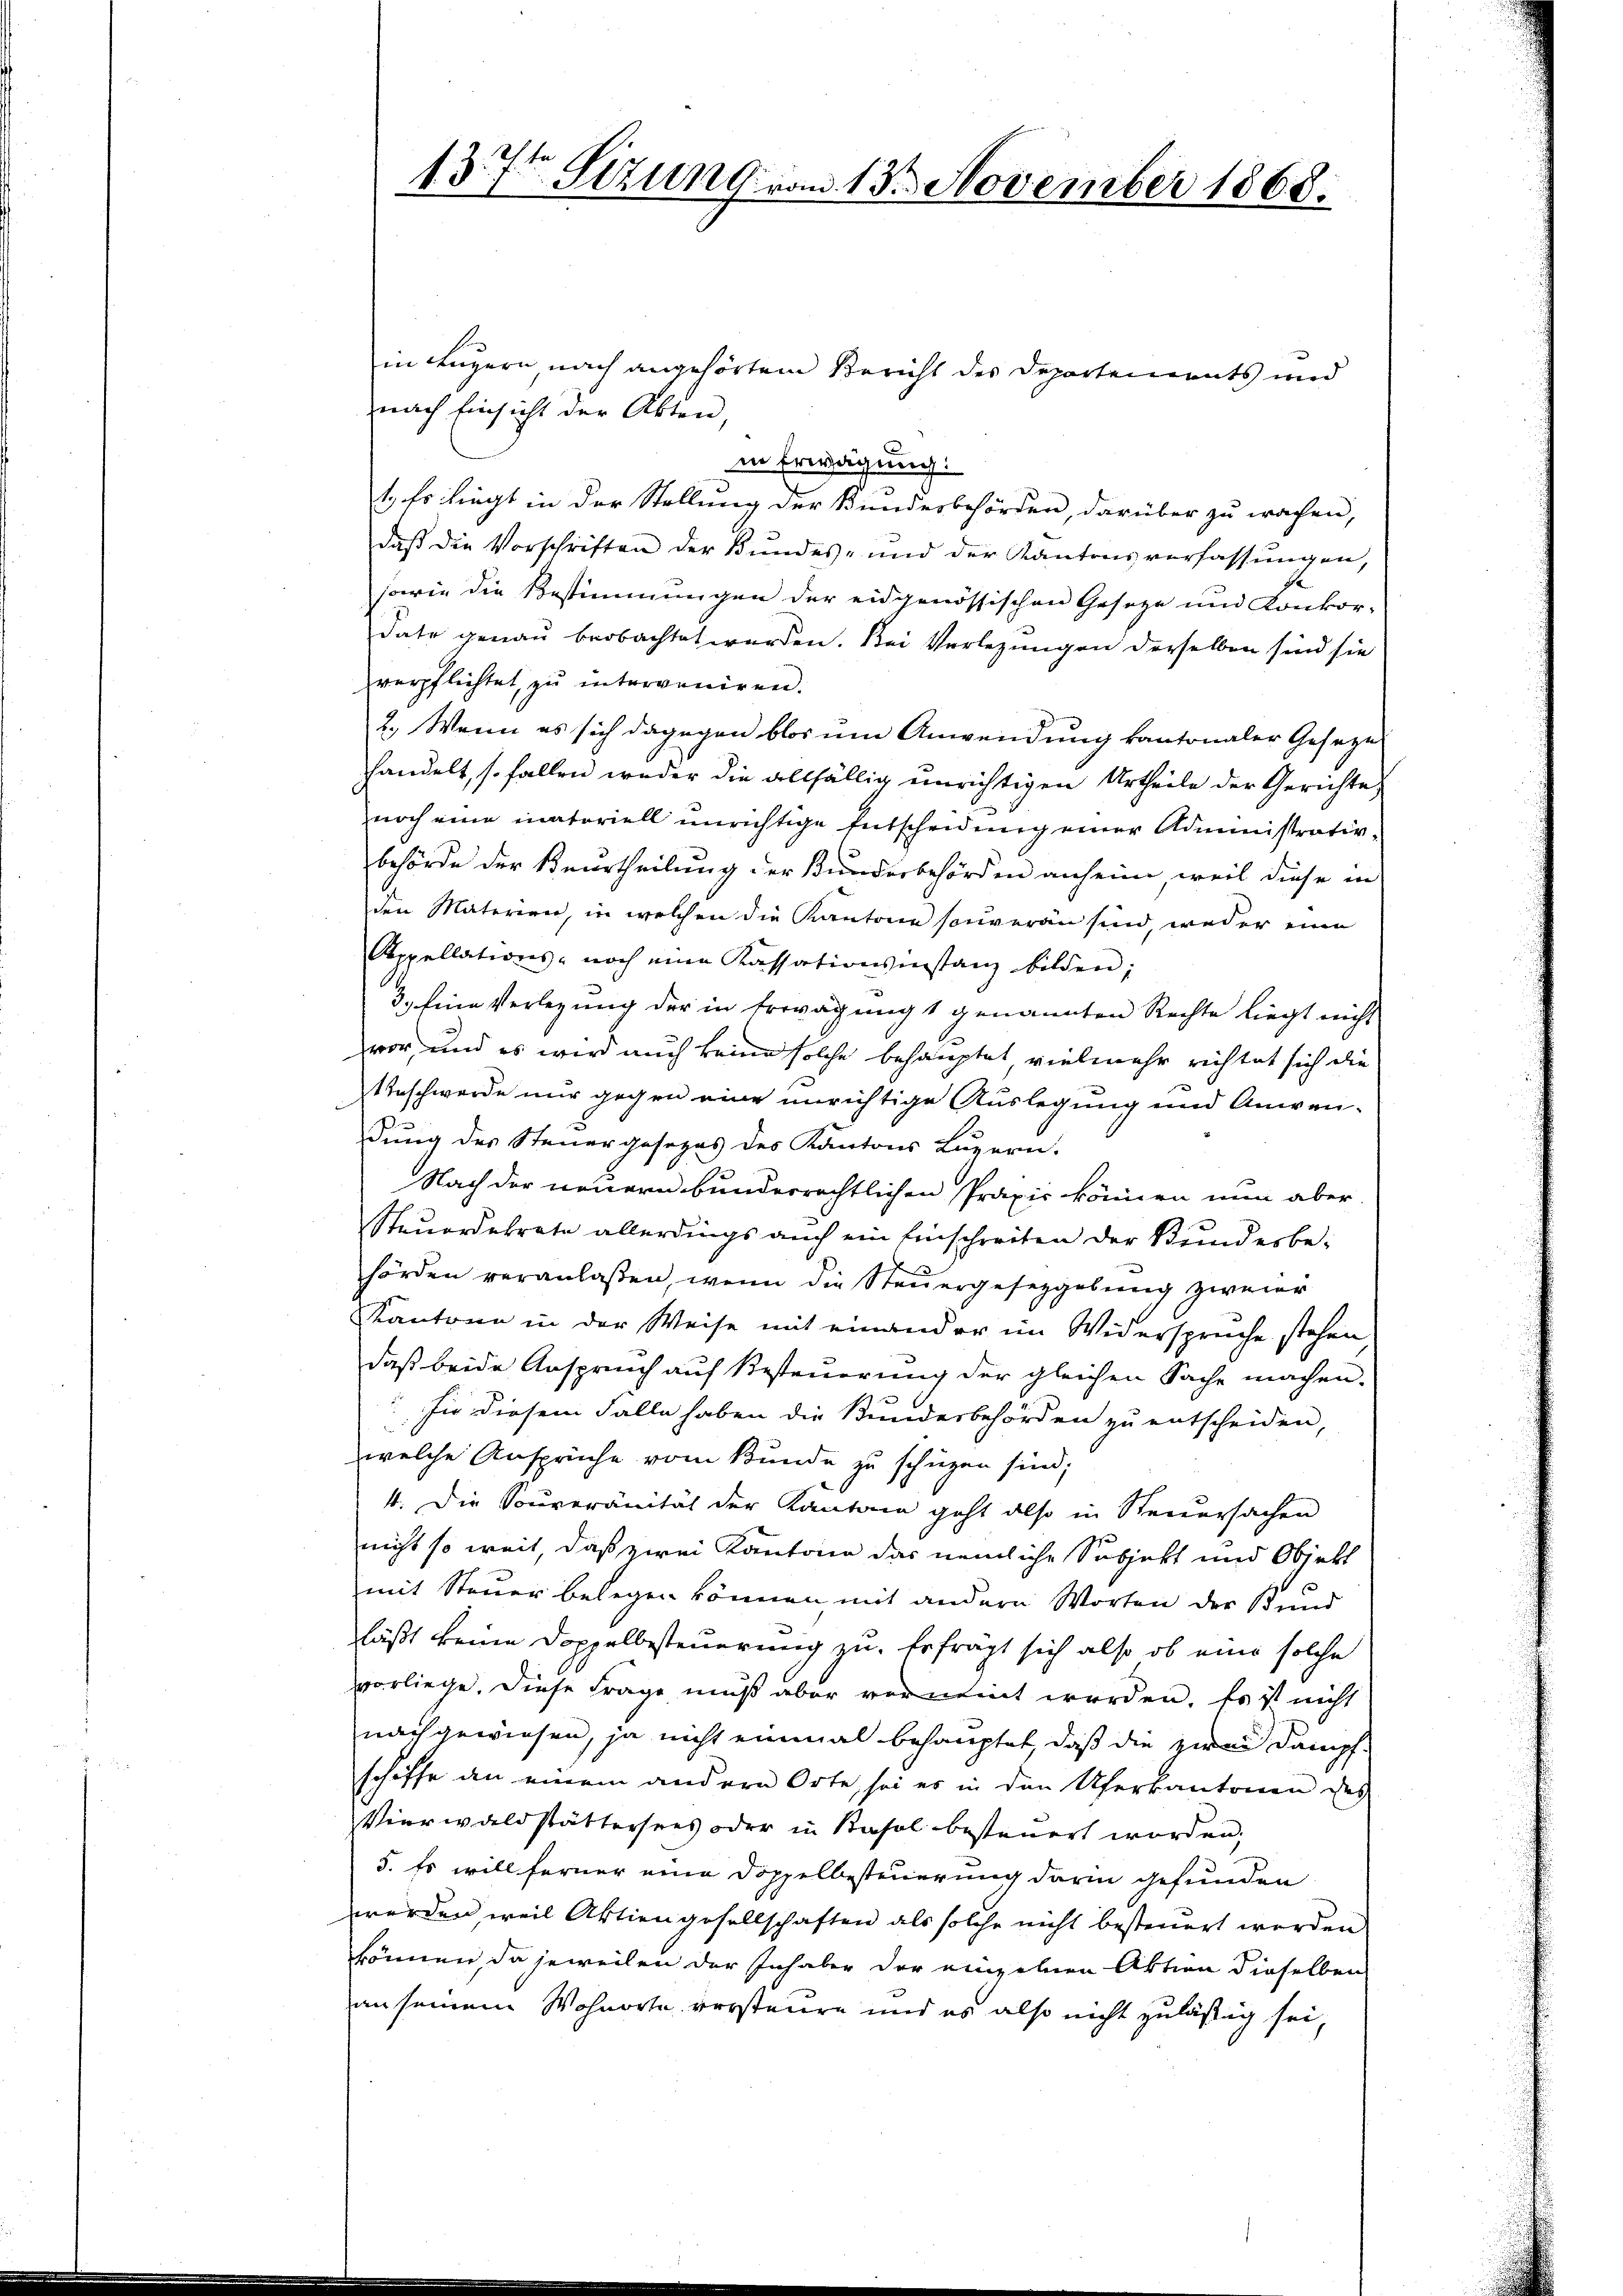
13. 7ten Sizung vom 13. November 1868.

in Luzern nach angehörtem Bericht des Departements und
nach Einsicht der Akten,
in Erwägung:
1. Es liegt in der Stellung der Bundesbehörden, darüber zu wachen,
daß die Vorschriften der Bundes- und der Kantonsverfassungen,
sowie die Bestimmungen der eidgenössischen Gesetze und Konkor-
date genau beobachtet werden. Bei Verlegungen derselben sind sie
verpflichtet, zu interveniren.
2.) Wenn es sich dagegen blos um Anwendung kantonaler Gesetze
handelt, so fallen weder die allfällig unrichtigen Urtheile der Gerichte
noch eine inatoriell unrichtige Entscheidung einer Administrativbehörde der Beurtheilung der Bunderbehörden anheim, weil diese in
den Materien, in welchen die Kantone souveran sind, weder eine
Appellations- noch eine Kassationsinstanz bilden;
3.) Eine Verlegung der in Erwägung 1 genannten Rechte liegt nicht
vor, und es wird auch keine solche behauptet vielmehr richtet sich die
Beschwerde nur gegen eine unrichtige Auslegung und Anwen-
dung des Steuergesezes des Kantons Luzern.
Nach der neuern bunderrechtlichen Praxis können nun aber
Steuerdekrete allerdings auch ein Einschreiten der Kundesbe-
hörden veranlaßen, wenn die Steuergesetzgebung zweier
Kantone in der Weise mit einander im Widersprüche stehen
daß beide Anspruch auf Besteuerung der gleichen Sache machen.
fie diesem Falle haben die Bundesbehörden zu entscheiden,
welche Ansprüche vom Bunde zu schüzen sind;
4. Die Souveränität der Kantone geht also in Steuersachen
nicht so weit daß zwei Kantone das nemliche Subjekt und Objekt
mit Steuer belegen können mit andern Worten der Bund
läßt keine Doppelbesteuerung zu. Erfrägt sich also ob eine solche
vorliege. Diese Frage muß aber verneint worden. Es ist nicht
nach gewiesen, ja nicht einmal behauptet, daß die zwei Dampf
schiffe an einem andern Orte, sei es in den Uferkantonen des
Vierwaldstättersees oder in Basel besteuert worden;
5. Es will ferner eine Doppelbesteuerung darin gefunden
werden, weil Aktiengesellschaften als solche nicht besteuert werden
können, da jeweilen der Inhaber der einzelnen Aktion dieselben
an seinem Wohnorte vorsteure und es also nicht zuläßig sei,